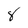
Character: 8